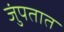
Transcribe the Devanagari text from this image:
जुंपतात